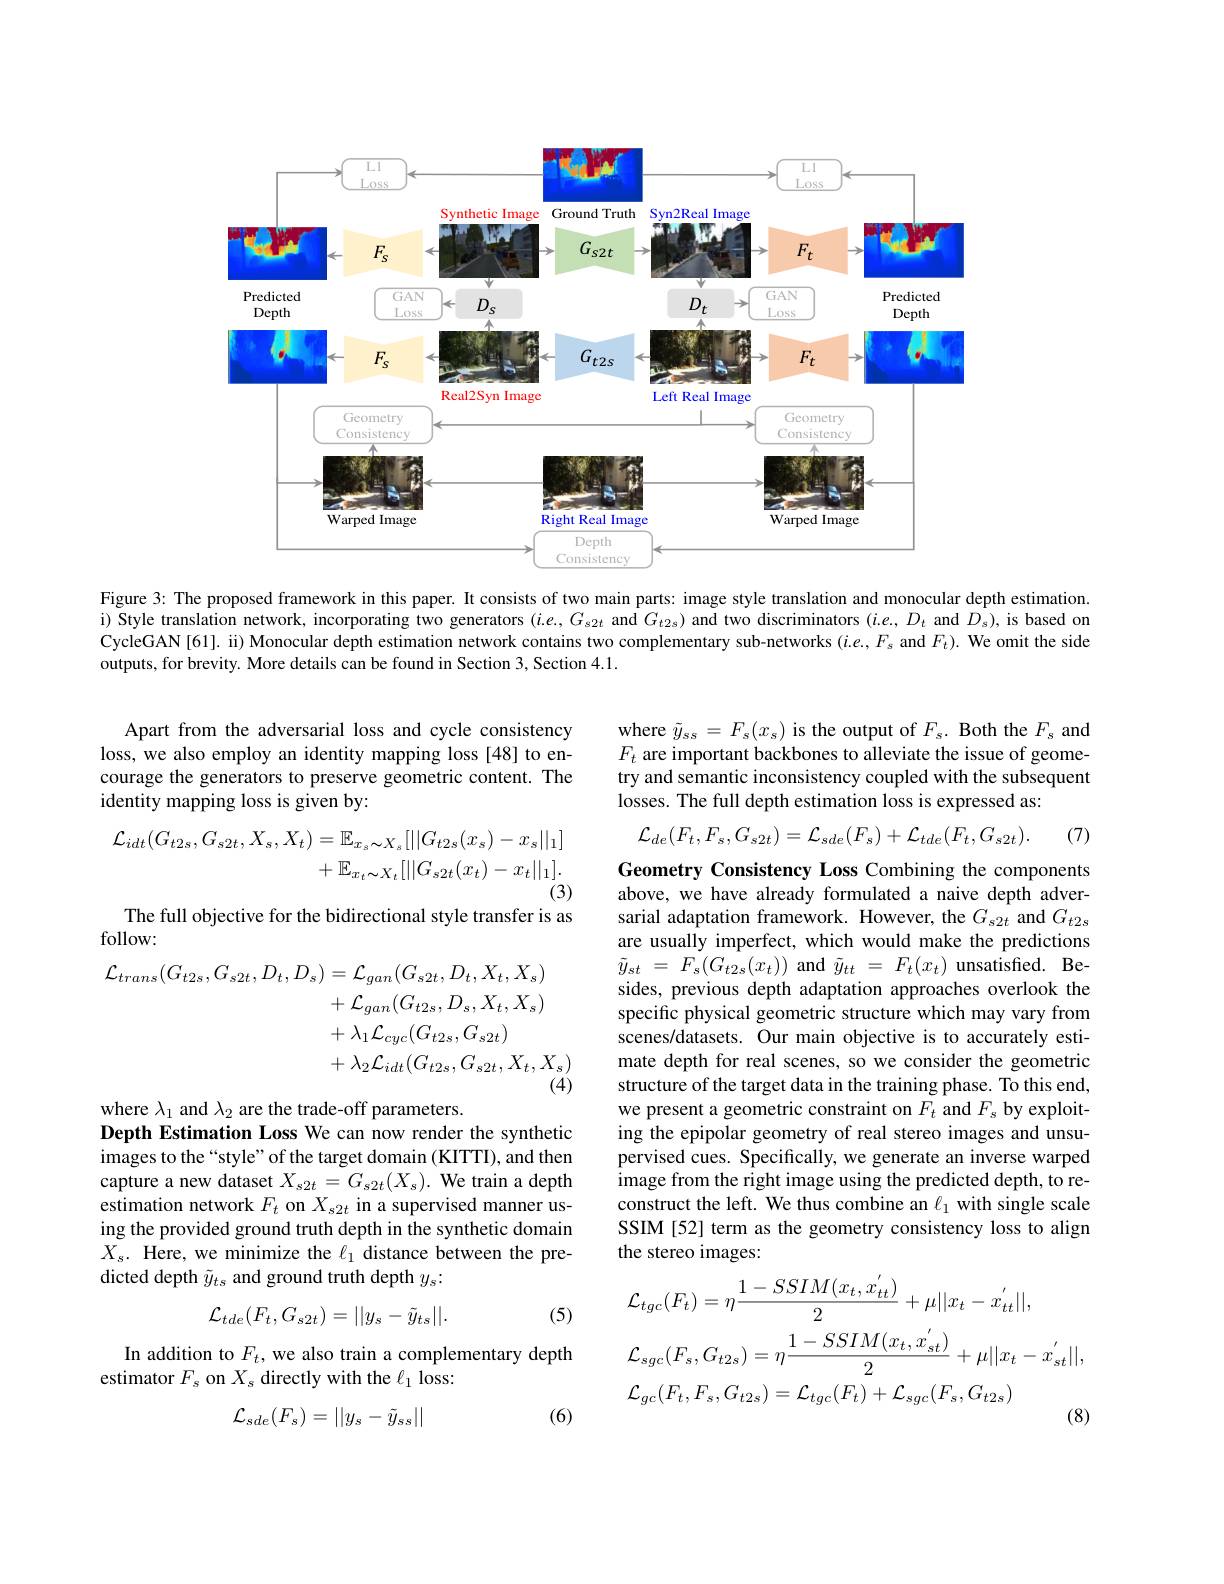
<FigureHere>

Figure 3: The proposed framework in this paper. It consists of two main parts: image style translation and monocular depth estimation. i) Style translation network, incorporating two generators $(i.e,G_{s2t}$ and $G_{t2s})$ and two discriminators $(i.e.,D_t$ and $D_s)$, is based on CycleGAN[61]. ii) Monocular depth estimation network contains two complementary sub-networks ($i.e.,F_s$ and $F_t).$ We omit the side outputs, for brevity. More details can be found in Section 3, Section 4.1.

where $\tilde{y}_{ss}=F_{s}(x_{s})$ is the output of $F_s.$ Both the $F_s$ and $F_t$ are important backbones to alleviate the issue of geometry and semantic inconsistency coupled with the subsequent losses. The full depth estimation loss is expressed as:

Apart from the adversarial loss and cycle consistency loss, we also employ an identity mapping loss [48] to encourage the generators to preserve geometric content. The identity mapping loss is given by:
$$\mathcal{L}_{de}(F_{t},F_{s},G_{s2t})=\mathcal{L}_{sde}(F_{s})+\mathcal{L}_{tde}(F_{t},G_{s2t}).$$
(7)
$$\begin{aligned}\mathcal{L}_{idt}(G_{t2s},G_{s2t},X_{s},X_{t})&=\mathbb{E}_{x_{s}\thicksim X_{s}}[||G_{t2s}(x_{s})-x_{s}||_{1}]\\&+\mathbb{E}_{x_{t}\thicksim X_{t}}[||G_{s2t}(x_{t})-x_{t}||_{1}].\end{aligned}$$
The full objective for the bidirectional style transfer is as

### follow:
$$\mathcal{L}_{trans}(G_{t2s},G_{s2t},D_{t},D_{s})=\mathcal{L}_{gan}(G_{s2t},D_{t},X_{t},X_{s})\\+\mathcal{L}_{gan}(G_{t2s},D_{s},X_{t},X_{s})\\+\lambda_{1}\mathcal{L}_{cyc}(G_{t2s},G_{s2t})\\+\lambda_{2}\mathcal{L}_{idt}(G_{t2s},G_{s2t},X_{t},X_{s})\\(4)$$
Geometry Consistency Loss Combining the components above, we have already formulated a naive depth adversarial adaptation framework. However, the $G_{s2t}$ and $G_{t2s}$ are usually imperfect, which would make the predictions $\tilde{y} _{st}$ = $F_{s}( G_{t2s}( x_{t}) )$ and $\tilde{y} _{tt}$ = $F_{t}( x_{t})$ unsatisfied. Besides, previous depth adaptation approaches overlook the specific physical geometric structure which may vary from scenes/datasets. Our main objective is to accurately estimate depth for real scenes, so we consider the geometric structure of the target data in the training phase. To this end, we present a geometric constraint on $F_t$ and $F_s$ by exploiting the epipolar geometry of real stereo images and unsupervised cues. Specifically, we generate an inverse warped image from the right image using the predicted depth, to reconstruct the left. We thus combine an $\ell_1$ with single scale SSIM [52] term as the geometry consistency loss to align the stereo images:

where $\lambda_1$ and $\lambda_2$ are the trade-off parameters.
Depth Estimation Loss We can now render the synthetic images to the“style” of the target domain (KITTI), and then capture a new dataset $X_{s2t}=G_{s2t}(X_{\mathrm{s}}).$ We train a depth estimation network $F_t$ on $X_{s2t}$ in a supervised manner using the provided ground truth depth in the synthetic domain $X_{s}.$ Here, we minimize the $\ell_1$ distance between the predicted depth $\tilde{y}_{ts}$ and ground truth depth $y_s:$
$$\mathcal{L}_{tde}(F_{t},G_{s2t})=||y_{s}-\tilde{y}_{ts}||.$$
(5)
$$\begin{aligned}&\mathcal{L}_{tgc}(F_{t})=\eta\frac{1-SSIM(x_{t},x_{tt}^{'})}{2}+\mu||x_{t}-x_{tt}^{'}||,\\&\mathcal{L}_{sgc}(F_{s},G_{t2s})=\eta\frac{1-SSIM(x_{t},x_{st}^{'})}{2}+\mu||x_{t}-x_{st}^{'}||,\\&\mathcal{L}_{gc}(F_{t},F_{s},G_{t2s})=\mathcal{L}_{tgc}(F_{t})+\mathcal{L}_{sgc}(F_{s},G_{t2s})\end{aligned}$$
In addition to $F_t$, we also train a complementary depth
estimator $F_s$ on $X_s$ directly with the $\ell_1$ loss:

(6)
$$\mathcal{L}_{sde}(F_s)=||y_s-\tilde{y}_{ss}||$$